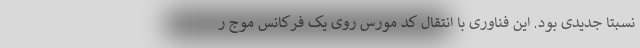
نسبتا جدیدی بود. این فناوری با انتقال کد مورس روی یک فرکانس موج ر